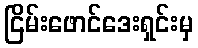
ငြိမ်းဖောင်ဒေးရှင်းမှ